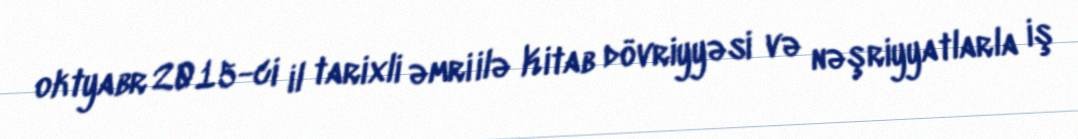
oktyabr 2015-ci il tarixli əmri ilə Kitab dövriyyəsi və nəşriyyatlarla iş